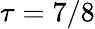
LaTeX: \tau=7/8